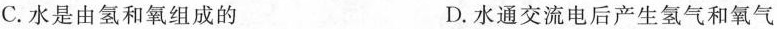
C. 水是由氢和氧组成的 D. 水通交流电后产生氢气和氧气